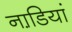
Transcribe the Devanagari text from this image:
नाडि़यां